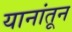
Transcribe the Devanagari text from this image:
यानांतून